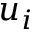
u _ { i }